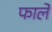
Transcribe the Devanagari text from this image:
फार्ले